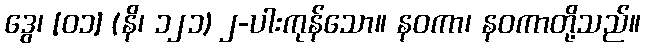
ဒွေ၊ [၀၁] (နိ၊ ၁၂၁) ၂-ပါးကုန်သော။ နဝကာ၊ နဝကာတို့သည်။